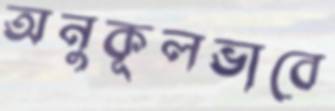
অনুকূলভাবে